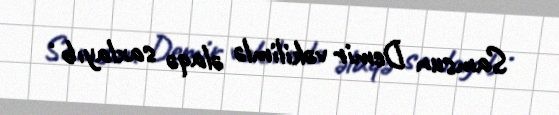
Samsun Demir vəkilimlə əlaqə saxlayıb .